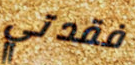
فقدتي